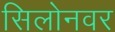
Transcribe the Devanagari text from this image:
सिलोनवर